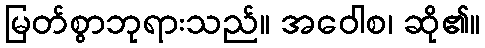
မြတ်စွာဘုရားသည်။ အဝေါစ၊ ဆို၏။